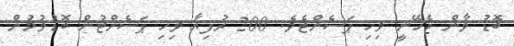
ބޮޑު ވާން ޖެހޭނީ ވިހި ޕަސެންޓެވެ. 200 ރުފިޔާ ވިހި ޕަސެންޓުން ބޮޑުވުމުން